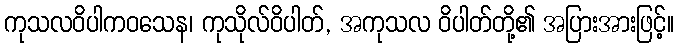
ကုသလဝိပါကဝသေန၊ ကုသိုလ်ဝိပါတ်, အကုသလ ဝိပါတ်တို့၏ အပြားအားဖြင့်။